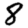
Digit: 8